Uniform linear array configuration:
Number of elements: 64
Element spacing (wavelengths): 0.25
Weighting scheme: uniform
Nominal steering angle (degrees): -60
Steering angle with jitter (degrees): -60.124
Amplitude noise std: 0.05
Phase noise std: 0.05

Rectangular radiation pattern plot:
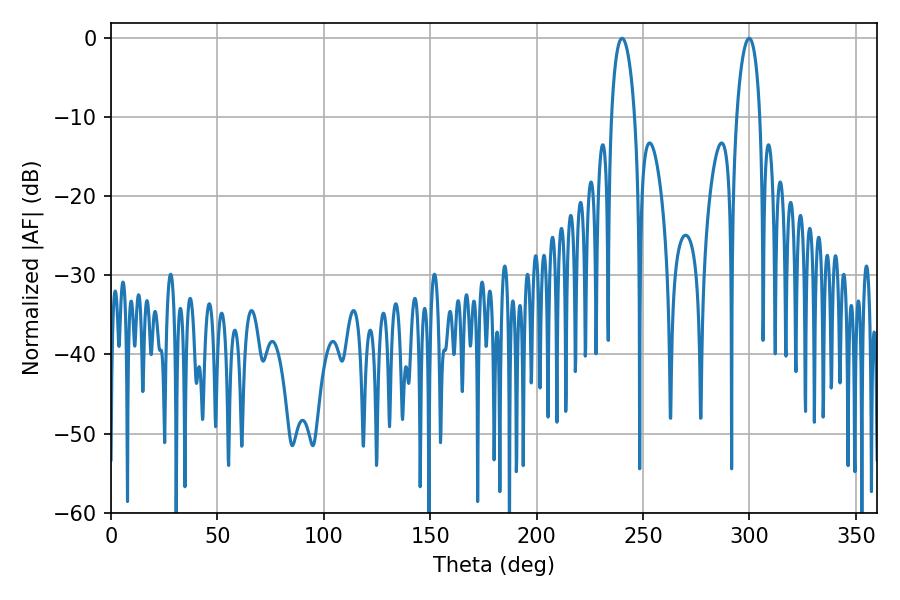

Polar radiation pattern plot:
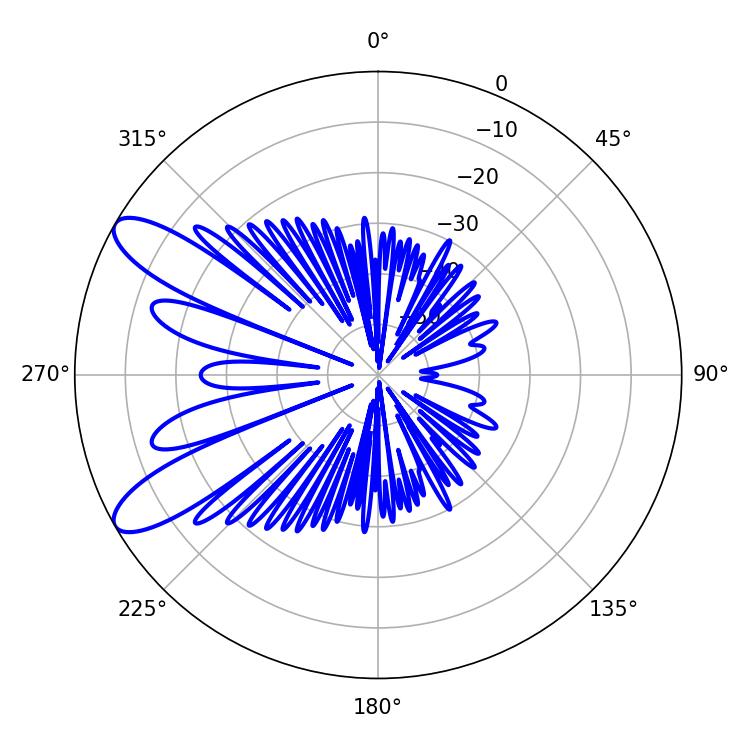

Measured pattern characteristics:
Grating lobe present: FALSE
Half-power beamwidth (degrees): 6.12
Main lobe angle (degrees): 240.12